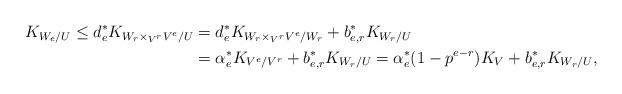
LaTeX: \begin{align*}K_{W_e/U}\le d_e^*K_{W_r\times_{V^r}V^e/U} & = d_e^*K_{W_r\times_{V^r}V^e/W_r} +b_{e,r}^*K_{W_r/U}\\ & = \alpha_e^*K_{V^e/V^r} +b_{e,r}^*K_{W_r/U} = \alpha_e^*(1-p^{e-r})K_V +b_{e,r}^*K_{W_r/U}, \end{align*}